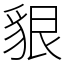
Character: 貇